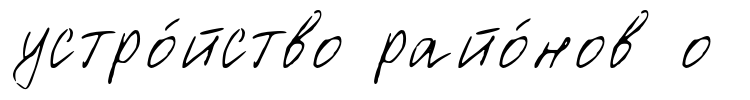
устро́йство райо́нов о